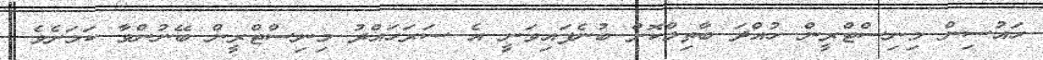
ހައުސިން މިނިސްޓްރީން ހުއްދަ ބާތިލްކޮށް ބުނެފައިވަނީ އެ ސަރަހައްދު މިނިސްޓްރީން ބޭނުންވާ ކަމަށެވެ.